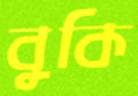
বুকি